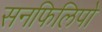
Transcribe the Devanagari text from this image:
सनफिलिपो